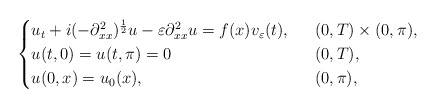
\begin{align*}\begin{cases}u_t + i(-\partial_{xx}^2)^{\frac{1}{2}}u-\varepsilon\partial_{xx}^2 u=f(x)v_\varepsilon (t), & \ \ (0,T)\times (0,\pi),\\u(t,0)=u(t,\pi)=0 & \ \ (0,T),\\u(0,x)=u_0(x), & \ \ (0,\pi),\end{cases}\end{align*}